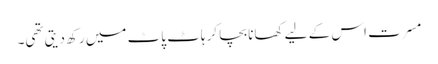
مسرت اس کے لیے کھانا بچا کر ہاٹ پاٹ میں رکھ دیتی تھی۔